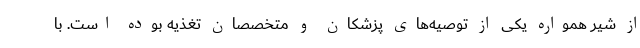
از شیر همواره یکی از توصیه‌های پزشکان و متخصصان تغذیه بوده است. با